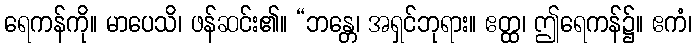
ရေကန်ကို။ မာပေသိ၊ ဖန်ဆင်း၏။ “ဘန္တေ၊ အရှင်ဘုရား။ ဧတ္ထ၊ ဤရေကန်၌။ ဧကံ၊